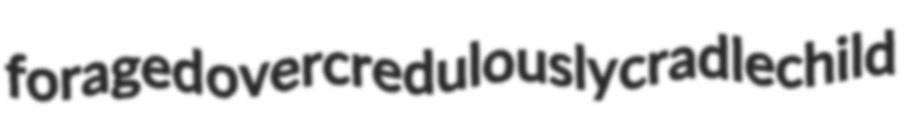
foraged overcredulously cradlechild